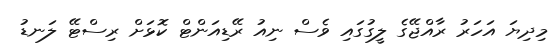
މިދިޔަ އަހަރު ރާއްޖޭގެ ލީގުގައި ވެސް ނިއު ރޭޑިއަންޓް ކޮޅަށް ރިސްޓޭ ލަނޑު